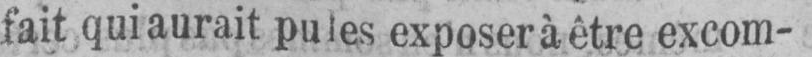
fait qui aurait pu les exposer à être excom-